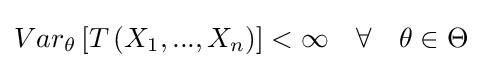
{\textstyle {Var}_{\theta }\left[T\left({X}_{1},...,{X}_{n}\right)\right]<\infty \quad \forall \quad \theta \in \Theta }